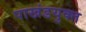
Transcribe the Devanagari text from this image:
पाखंडयुक्त